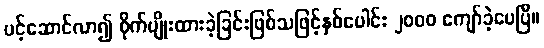
ပင့်ဆောင်လာ၍ စိုက်ပျိုးထားခဲ့ခြင်းဖြစ်သဖြင့်နှစ်ပေါင်း ၂ဝဝဝ ကျော်ခဲ့ပေပြီ။